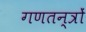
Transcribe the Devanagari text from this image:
गणतन्त्रों